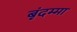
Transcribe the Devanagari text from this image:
बृंदम्मा